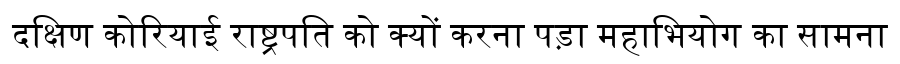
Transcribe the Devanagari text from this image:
दक्षिण कोरियाई राष्ट्रपति को क्यों करना पड़ा महाभियोग का सामना